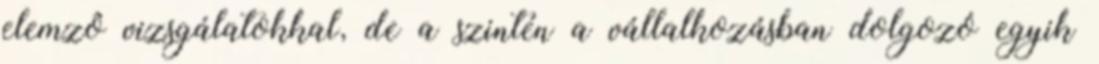
elemzô vizsgálatokkal, de a szintén a vállalkozásban dolgozó egyik